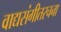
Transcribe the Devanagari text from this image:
वाद्यसंगीतरचना